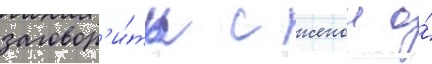
заговор'и́ть с женои о́